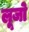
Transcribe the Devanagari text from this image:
लूजो